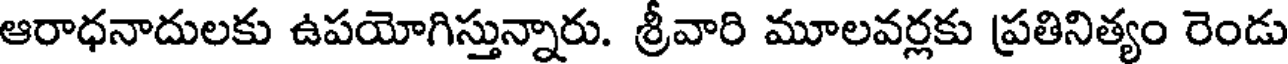
ఆరాధనాదులకు ఉపయోగిస్తున్నారు. శ్రీవారి మూలవర్లకు ప్రతినిత్యం రెండు